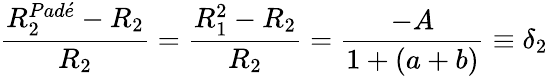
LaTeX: \frac{R_{2}^{Pad\acute{e}}-R_{2}}{R_{2}}=\frac{R_{1}^{2}-R_{2}}{R_{2}}=\frac{-A}{1+(a+b)}\equiv\delta_{2}